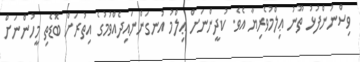
ވިސްނުންފުޅު ތޫނު ޢިލްމުވެރިޔާ އެވެ. ކުދީންނަށް ޢިލްމު އުނގަންނައިދެއްވުމުގެ އިތުރަށް ބޮޑެތި މީހުންނަށް